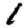
Digit: 1